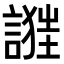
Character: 𧪴